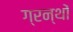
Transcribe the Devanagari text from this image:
ग्रन्थाें